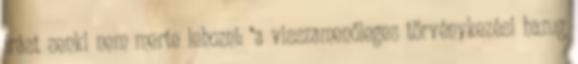
írást senki nem merte lehozni: “a visszamenőleges törvénykezési hazug